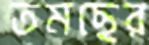
তমছের